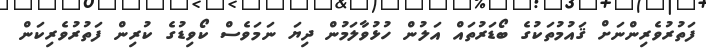
ފަތުރުވެރިންނަށް ޤައުމުތަކުގެ ބޯޑަރުތައް އަލުން ހުޅުވާލަމުން ދިޔަ ނަމަވެސް ކޯވިޑުގެ ކުރިން ފަތުރުވެރިކަން